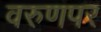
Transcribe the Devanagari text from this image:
वरुणपर